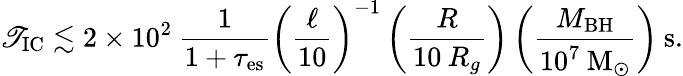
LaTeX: \mathscr{T}_{\mathrm{{IC}}}\lesssim2\times10^{2}\: \frac{{1}}{{1+\tau_{\mathrm{{es}}}}}\left(\frac{{\ell}}{{10}}\right)^{-1}\left(\frac{{R}}{{10\: R_{g}}}\right)\left(\frac{{M_{\mathrm{{BH}}}}}{{10^{7}\: \mathrm{{{M}_{\odot}}}}}\right)\: \mathrm{{{s}.}}